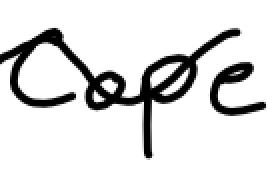
Text: Cope
Cross-out: wave
Writing tool: digital_black